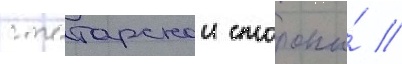
с татарскои стороны́ //